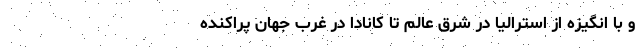
و با انگیزه از استرالیا در شرق عالم تا کانادا در غرب جهان پراکنده